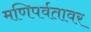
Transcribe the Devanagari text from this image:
मणिपर्वतावर